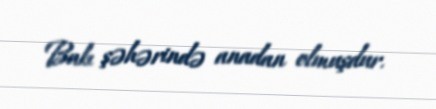
Bakı şəhərində anadan olmuşdur.